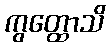
ကွတ္ထောသိ